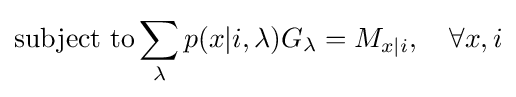
\mathrm {subject\ to} \sum _{\lambda }p(x|i,\lambda )G_{\lambda }=M_{x|i},\quad \forall x,i